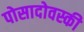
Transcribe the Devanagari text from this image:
पोसादोवस्की